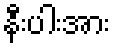
နီးပါးအား